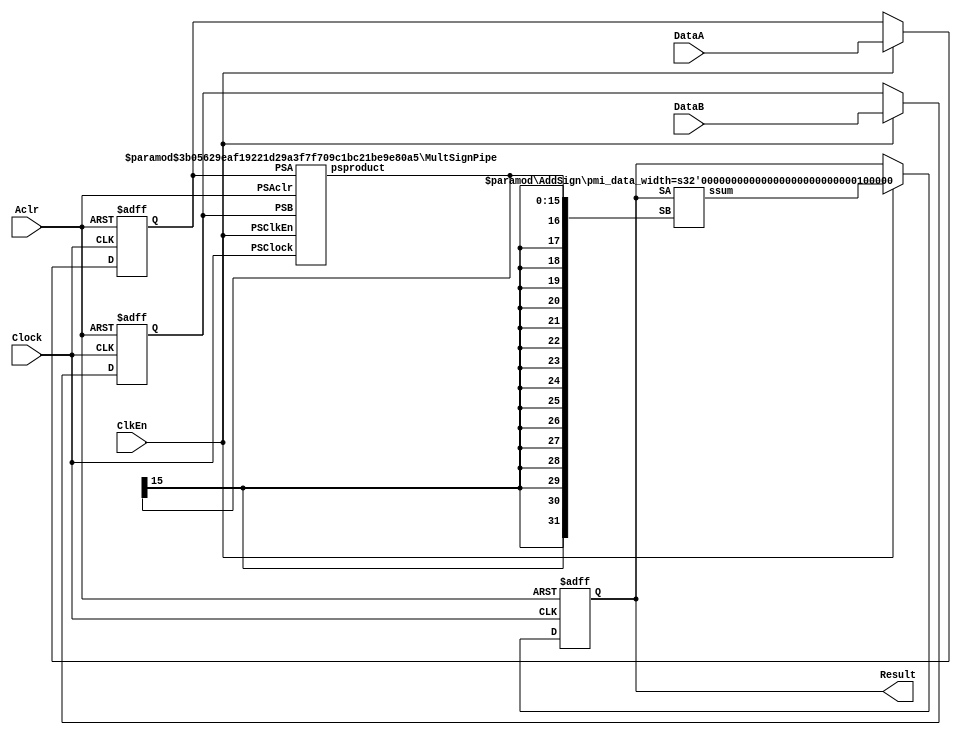
// --------------------------------------------------------------------
// >>>>>>>>>>>>>>>>>>>>>>>>> COPYRIGHT NOTICE <<<<<<<<<<<<<<<<<<<<<<<<<
// --------------------------------------------------------------------
// Copyright (c) 2005-2010 by Lattice Semiconductor Corporation
// --------------------------------------------------------------------
//
//
//                     Lattice Semiconductor Corporation
//                     5555 NE Moore Court
//                     Hillsboro, OR 97214
//                     U.S.A.
//
//                     TEL: 1-800-Lattice  (USA and Canada)
//                          1-408-826-6000 (other locations)
//
//                     web: http://www.latticesemi.com/
//
// --------------------------------------------------------------------
//
// Simulation Library File for PMI MAC
//
// Paramater Definition
//Name                           Value                                 Default
/*
------------------------------------------------------------------------------
 pmi_dataa_width              <integer>                                    8
 pmi_datab_width              <integer>                                    8
 pmi_sign                     "on"|"off"                                  "on"
 pmi_accum_width              <integer>                                    32
 pmi_additional_pipeline      <integer>                                    1
 pmi_add_sub                  "add"|"sub"                                 "add"
 pmi_input_reg                "on"|"off"                                  "on"
 pmi_family  "EC"|"XP"|"XP2"|"SC"|"SCM"|"ECP"|"ECP2"|"ECP2M"|"ECP3"|"ECP4"|"XO"|"XO2"|"LPTM"  "EC"
 pmi_implementation           "DSP"|"LUT"                                "LUT"
------------------------------------------------------------------------------
Note: 
 
1. To get a non pipelined multiplier, set pmi_additional_pipeline to 0.

2. To get a pipelined multiplier, set pmi_additional_pipeline to a positive
   integer (desired number of pipelined stages).

3. Always make appropriate connections to the ports Clock, ClkEn, Aclr.
   
WARNING: Do not change the default parameters in this model. Parameter 
redefinition must be done using defparam or in-line (#) paramater 
redefinition in a top level file that instantiates this model.
 
*/ 
 
// fpga\verilog\pkg\versclibs\data\pmi\pmi_mac.v 1.8 31-DEC-2010 08:42:49 IALMOHAN

`timescale 1 ns / 1 ps

module pmi_mac #(parameter pmi_dataa_width = 8,
	         parameter pmi_datab_width = 8,
	         parameter pmi_accum_width = 32,
	         parameter module_type = "pmi_mac",
	         parameter pmi_sign = "on",
	         parameter pmi_additional_pipeline = 1,
	         parameter pmi_add_sub = "add",
	         parameter pmi_input_reg = "on",
	         parameter pmi_family = "EC",
	         parameter pmi_implementation = "LUT")

	      (input   [(pmi_dataa_width - 1):0]  DataA,
	       input   [(pmi_datab_width - 1):0]  DataB,
	       input   Clock, ClkEn, Aclr,
	       output  [(pmi_accum_width - 1):0]  Result)/*synthesis syn_black_box*/;

//synopsys translate_off
tri0  Aclr_wire;
tri0  Clock_wire;
tri1  ClkEn_wire;
//synopsys translate_on

buf (Aclr_wire, Aclr);
buf (Clock_wire, Clock);
buf (ClkEn_wire, ClkEn);

reg   [(pmi_accum_width - 1):0]  Result_reg;
assign Result = Result_reg;

reg   [(pmi_dataa_width - 1):0]  DataA_reg;
reg   [(pmi_datab_width - 1):0]  DataB_reg;
wire  [(pmi_dataa_width + pmi_datab_width - 1):0]  Mult_out;
wire  [(pmi_accum_width - 1):0]  Add_out;

initial
begin
   if (pmi_implementation == "DSP")
   begin
      if ( (pmi_family == "SC") || (pmi_family == "SCM") || (pmi_family == "XO") ||
           (pmi_family == "XO2") || (pmi_family == "EC") || (pmi_family == "XP") ||
           (pmi_family == "LPTM") )
      begin
         $display("\nError! The %s family doesn't support DSP implementations.", pmi_family);
         $stop;
      end

      if (pmi_additional_pipeline > 1)
      begin
         $display("\nError! # of PL stages must be 0 or 1 for DSP implementations.");
         $stop;
      end
   end

   if ( (pmi_accum_width < (pmi_dataa_width + pmi_datab_width + 1)) ||
        (pmi_accum_width > (pmi_dataa_width + pmi_datab_width + 32)) )
   begin
      $display("\nError! pmi_accum_width must be wider than (pmi_dataa_width + pmi_datab_width) by 1 to 32 bits.");
      $stop;
   end
end

generate
	if (pmi_input_reg == "on")
		always @(posedge Clock_wire or posedge Aclr_wire)
		begin
			if (Aclr_wire == 1'b1)
			begin
				DataA_reg <= {((pmi_dataa_width)){1'b0}};
				DataB_reg <= {((pmi_datab_width)){1'b0}};
			end
			else
				if (ClkEn_wire == 1'b1)
				begin
					DataA_reg <= DataA;
					DataB_reg <= DataB;
				end
		end // always @ (posedge Clock or posedge Aclr)
	else
		always @(DataA or DataB)
		begin
			DataA_reg <= DataA;
			DataB_reg <= DataB;
		end
endgenerate

//pragma translate_off
generate
	if (pmi_sign == "on" && pmi_additional_pipeline == 0)
		MultSign #(pmi_dataa_width, pmi_datab_width) sign_inst (.SA(DataA_reg), .SB(DataB_reg), .sproduct(Mult_out));
	else if (pmi_sign == "off" && pmi_additional_pipeline == 0)
		MultUnSign #(pmi_dataa_width, pmi_datab_width) unsign_inst (.UA(DataA_reg), .UB(DataB_reg), .uproduct(Mult_out));
	else if (pmi_sign == "on" && pmi_additional_pipeline != 0)
		MultSignPipe #(pmi_dataa_width, pmi_datab_width, pmi_additional_pipeline) psign_inst (.PSA(DataA_reg), .PSB(DataB_reg), .PSClock(Clock_wire), .PSClkEn(ClkEn_wire), .PSAclr(Aclr_wire),.psproduct(Mult_out));
	else
		MultUnSignPipe #(pmi_dataa_width, pmi_datab_width, pmi_additional_pipeline) punsign_inst (.PUA(DataA_reg), .PUB(DataB_reg), .PUClock(Clock_wire), .PUClkEn(ClkEn_wire), .PUAclr(Aclr_wire),.puproduct(Mult_out));
endgenerate	
//pragma translate_on

always @(posedge Clock_wire or posedge Aclr_wire)
begin
	if (Aclr_wire == 1'b1)
		Result_reg <= {((pmi_accum_width)){1'b0}};
	else
		if (ClkEn_wire == 1'b1)
			Result_reg <= Add_out;
end // always @ (posedge Clock or posedge Aclr)

//pragma translate_off
generate
	if (pmi_dataa_width + pmi_datab_width < pmi_accum_width)
	begin
		if (pmi_sign == "on" && pmi_add_sub == "add")
			AddSign #(pmi_accum_width) sign_add_inst (.SA(Result_reg), .SB({{(pmi_accum_width-(pmi_dataa_width+pmi_datab_width)){Mult_out[pmi_dataa_width+pmi_datab_width-1]}}, Mult_out}), .ssum(Add_out));
		else if (pmi_sign == "off" && pmi_add_sub == "add")
			AddUnSign #(pmi_accum_width) unsign_add_inst (.UA(Result_reg), .UB({{(pmi_accum_width-(pmi_dataa_width+pmi_datab_width)){1'b0}}, Mult_out}), .usum(Add_out));
		else if (pmi_sign == "on" && pmi_add_sub == "sub")
			SubSign #(pmi_accum_width) sign_sub_inst (.SA(Result_reg), .SB({{(pmi_accum_width-(pmi_dataa_width+pmi_datab_width)){Mult_out[pmi_dataa_width+pmi_datab_width-1]}}, Mult_out}), .ssum(Add_out));
		else
			SubUnSign #(pmi_accum_width) unsign_sub_inst (.UA(Result_reg), .UB({{(pmi_accum_width-(pmi_dataa_width+pmi_datab_width)){1'b0}}, Mult_out}), .usum(Add_out));
	end
/*
	else // a possible overflow
	begin
		if (pmi_sign == "on" && pmi_add_sub == "add")
			AddSign #(pmi_accum_width) sign_add_inst (.SA(Result_reg), .SB(Mult_out[(pmi_accum_width-1):0]), .ssum(Add_out));
		else if (pmi_sign == "off" && pmi_add_sub == "add")
			AddUnSign #(pmi_accum_width) unsign_add_inst (.UA(Result_reg), .UB(Mult_out[(pmi_accum_width-1):0]), .usum(Add_out));
		else if (pmi_sign == "on" && pmi_add_sub == "sub")
			SubSign #(pmi_accum_width) sign_sub_inst (.SA(Result_reg), .SB(Mult_out[(pmi_accum_width-1):0]), .ssum(Add_out));
		else
			SubUnSign #(pmi_accum_width) unsign_sub_inst (.UA(Result_reg), .UB(Mult_out[(pmi_accum_width-1):0]), .usum(Add_out));
	end
*/
endgenerate	
//pragma translate_on
endmodule

//SubModules

`ifndef PMI_MULT_SUPPORT
`define PMI_MULT_SUPPORT

module MultSign 
  #(parameter pmi_dataa_width = 8, 
    parameter pmi_datab_width = 8,
    parameter module_type = "Mult")
   (input   signed [(pmi_dataa_width-1):0]  SA,
    input   signed [(pmi_datab_width-1):0]  SB,
    output  signed [(pmi_dataa_width + pmi_datab_width - 1):0]  sproduct)/*synthesis syn_black_box*/; 
//synopsys translate_off
   assign   sproduct = SA * SB;
//synopsys translate_on
endmodule

module MultUnSign 
  #(parameter pmi_dataa_width = 8, 
    parameter pmi_datab_width = 8,
    parameter module_type = "Mult")
   (input   [(pmi_dataa_width-1):0]  UA,
    input   [(pmi_datab_width-1):0]  UB,
    output  [(pmi_dataa_width + pmi_datab_width - 1):0]  uproduct)/*synthesis syn_black_box*/; 
//synopsys translate_off
assign uproduct = UA * UB;
//synopsys translate_on
endmodule

module MultUnSignPipe 
  #(parameter pmi_dataa_width = 8, 
    parameter pmi_datab_width = 8,
    parameter pmi_pl = 1,
    parameter module_type = "Mult")
   (input   [(pmi_dataa_width-1):0]  PUA,
    input   [(pmi_datab_width-1):0]  PUB,
    input   PUClock, PUClkEn, PUAclr,
    output  [(pmi_dataa_width + pmi_datab_width - 1):0]  puproduct)/*synthesis syn_black_box*/;
//synopsys translate_off       
wire [(pmi_dataa_width + pmi_datab_width - 1):0] pg = PUA * PUB;
   
reg  [(pmi_dataa_width + pmi_datab_width - 1):0] p_pipe[pmi_pl-1:0];
   
integer 	 i, j;

initial begin
	for (i = 0; i <= pmi_pl-1; i = i + 1)	  
		p_pipe[i][(pmi_dataa_width + pmi_datab_width - 1):0] <= {((pmi_dataa_width + pmi_datab_width)){1'b0}};
end

always @(posedge PUClock or posedge PUAclr)
begin
	if (PUAclr == 1'b1)
	begin
		for (i = 0; i <= pmi_pl-1; i = i + 1)	  
			p_pipe[i][(pmi_dataa_width + pmi_datab_width - 1):0] <= {((pmi_dataa_width + pmi_datab_width)){1'b0}};
	end
	else
		if (PUClkEn == 1'b1) 
		begin
			p_pipe[0][(pmi_dataa_width + pmi_datab_width - 1):0] <= pg;
			for (j = 0; j <= pmi_pl-2; j = j + 1)
				p_pipe[j+1][(pmi_dataa_width + pmi_datab_width - 1):0] <= p_pipe[j][(pmi_dataa_width + pmi_datab_width - 1):0];
		end
end // always @ (posedge Clock or posedge Aclr)
   
assign puproduct = p_pipe[pmi_pl-1];
//synopsys translate_on
endmodule

module MultSignPipe 
  #(parameter pmi_dataa_width = 8, 
    parameter pmi_datab_width = 8,
    parameter pmi_pl = 1,
    parameter module_type = "Mult")
    (input signed [(pmi_dataa_width-1):0]  PSA,
     input signed  [(pmi_datab_width-1):0]  PSB,
     input 	PSClock, PSClkEn, PSAclr,
     output signed [(pmi_dataa_width + pmi_datab_width - 1):0]  psproduct)/*synthesis syn_black_box*/;
//synopsys translate_off       
wire signed [(pmi_dataa_width + pmi_datab_width - 1):0] pg = PSA * PSB;
   
reg signed [(pmi_dataa_width + pmi_datab_width - 1):0] p_pipe[pmi_pl-1:0];
   
integer 	 i, j;

initial begin
	for (i = 0; i <= pmi_pl-1; i = i + 1)	  
		p_pipe[i][(pmi_dataa_width + pmi_datab_width - 1):0] <= {((pmi_dataa_width + pmi_datab_width)){1'b0}};
end

always @(posedge PSClock or posedge PSAclr)
begin
	if (PSAclr == 1'b1)
	begin
		for (i = 0; i <= pmi_pl-1; i = i + 1)	  
			p_pipe[i][(pmi_dataa_width + pmi_datab_width - 1):0] <= {((pmi_dataa_width + pmi_datab_width)){1'b0}};
	end
	else
		if (PSClkEn == 1'b1) 
		begin
			p_pipe[0][(pmi_dataa_width + pmi_datab_width - 1):0] <= pg;
			for (j = 0; j <= pmi_pl-2; j = j + 1)
				p_pipe[j+1][(pmi_dataa_width + pmi_datab_width - 1):0] <= p_pipe[j][(pmi_dataa_width + pmi_datab_width - 1):0];
		end
end // always @ (posedge Clock or posedge Aclr)
   
assign psproduct = p_pipe[pmi_pl-1];
//synopsys translate_on
endmodule

`endif //PMI_MULT_SUPPORT

`ifndef PMI_ADDSUB_SUPPORT
`define PMI_ADDSUB_SUPPORT

module AddSign 
  #(parameter pmi_data_width = 8, 
    parameter module_type = "Add")
   (input   signed [(pmi_data_width-1):0]  SA,
    input   signed [(pmi_data_width-1):0]  SB,
    output  signed [(pmi_data_width - 1):0]  ssum)/*synthesis syn_black_box*/; 
//synopsys translate_off
   assign   ssum = SA + SB;
//synopsys translate_on
endmodule

module AddUnSign 
  #(parameter pmi_data_width = 8, 
    parameter module_type = "Add")
   (input   [(pmi_data_width-1):0]  UA,
    input   [(pmi_data_width-1):0]  UB,
    output  [(pmi_data_width - 1):0]  usum)/*synthesis syn_black_box*/; 
//synopsys translate_off
assign usum = UA + UB;
//synopsys translate_on
endmodule

module SubSign 
  #(parameter pmi_data_width = 8, 
    parameter module_type = "Sub")
   (input   signed [(pmi_data_width-1):0]  SA,
    input   signed [(pmi_data_width-1):0]  SB,
    output  signed [(pmi_data_width - 1):0]  ssum)/*synthesis syn_black_box*/; 
//synopsys translate_off
   assign   ssum = SA - SB;
//synopsys translate_on
endmodule

module SubUnSign 
  #(parameter pmi_data_width = 8, 
    parameter module_type = "Sub")
   (input   [(pmi_data_width-1):0]  UA,
    input   [(pmi_data_width-1):0]  UB,
    output  [(pmi_data_width - 1):0]  usum)/*synthesis syn_black_box*/; 
//synopsys translate_off
assign usum = UA - UB;
//synopsys translate_on
endmodule

`endif //PMI_ADDSUB_SUPPORT